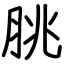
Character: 脁